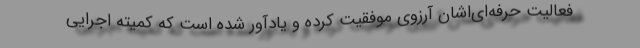
فعالیت حرفه‌ای‌اشان آرزوی موفقیت کرده و یادآور شده است که کمیته اجرایی